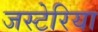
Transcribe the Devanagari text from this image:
जस्टेरिया